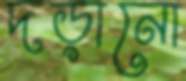
দড়ানো